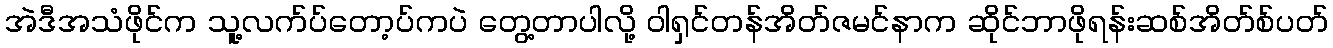
အဲဒီအသံဖိုင်က သူ့လက်ပ်တော့ပ်ကပဲ တွေ့တာပါလို့ ဝါရှင်တန်အိတ်ဇမင်နာက ဆိုင်ဘာဖိုရန်းဆစ်အိတ်စ်ပတ်